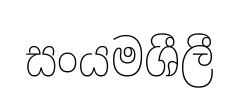
සංයමශීලී